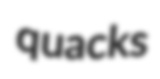
quacks